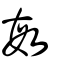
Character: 敏